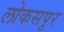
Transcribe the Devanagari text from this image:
लोकसपुर